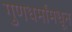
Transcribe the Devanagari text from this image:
गुणधर्मांमधून